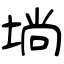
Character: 埫